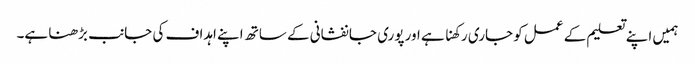
ہمیں اپنے تعلیم کے عمل کو جاری رکھنا ہے اور پوری جانفشانی کے ساتھ اپنے اہداف کی جانب بڑھنا ہے۔